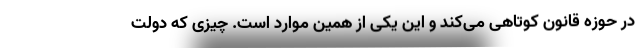
در حوزه قانون کوتاهی می‌کند و این یکی از همین موارد است. چیزی که دولت